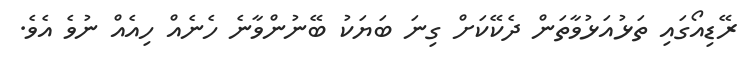
ރޭޑިއޯގައި ތަޅުއަޅުވާތަން ދެކޭކަށް ގިނަ ބަޔަކު ބޭނުންވާނެ ހެނެއް ހިއެއް ނުވެ އެވެ.